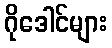
ဂိုဒေါင်များ